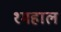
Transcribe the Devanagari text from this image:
१महाल